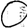
Digit: 0